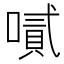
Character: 𠽬